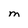
Character: M